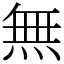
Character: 無